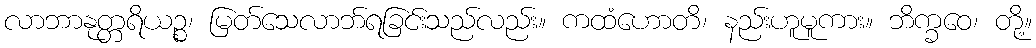
လာဘာနုတ္တရိယဉ္စ၊ မြတ်သေလာဘ်ရခြင်းသည်လည်း။ ကထံဟောတိ၊ နည်းဟူမူကား။ ဘိက္ခဝေ၊ တို့။